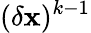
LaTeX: (\delta\mathbf{x})^{k-1}